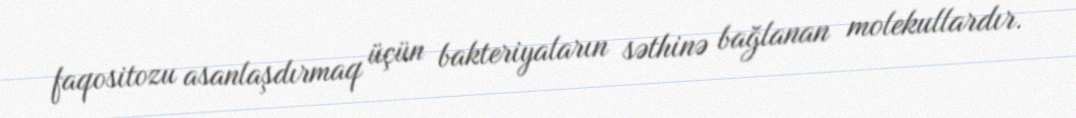
faqositozu asanlaşdırmaq üçün bakteriyaların səthinə bağlanan molekullardır.